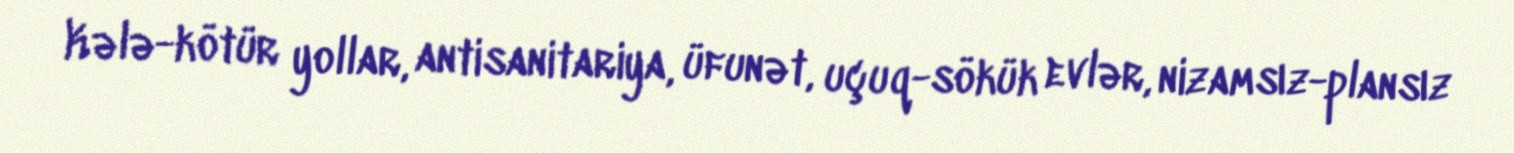
Kələ-kötür yollar, antisanitariya, üfunət, uçuq-sökük evlər, nizamsız-plansız